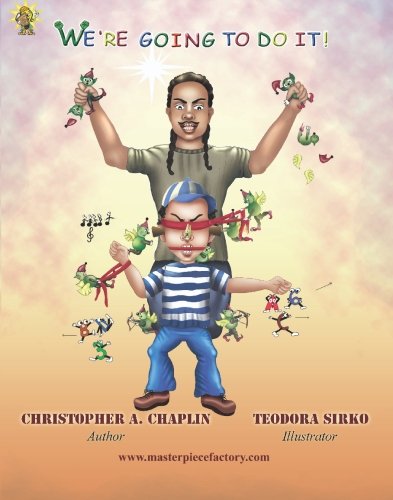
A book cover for We're Going to Do It!: An illustration of The trials and tribulations  Families of Autistic, ADHD and other special needs children may experience during the early years.; Christopher A. Chaplin; Health, Fitness & Dieting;